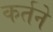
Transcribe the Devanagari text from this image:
कर्तने